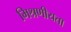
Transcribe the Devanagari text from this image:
मिश्रणीयता